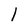
Character: 1